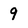
Character: 9